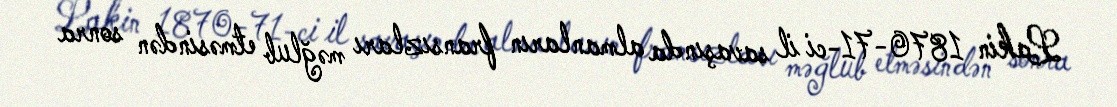
Lakin 1870-71-ci il savaşında almanların fransızları məğlub etməsindən sonra